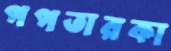
পপতারকা